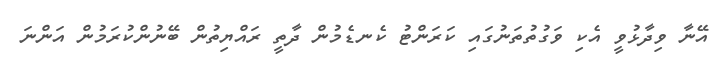
އޭނާ ވިދާޅުވީ އެކި ވަގުތުތަނުގައި ކަރަންޓު ކެނޑެމުން ދާތީ ރައްޔިތުން ބޭނުންކުރަމުން އަންނަ